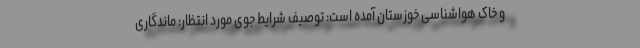
و خاک هواشناسی خوزستان آمده است: توصیف شرایط جوی مورد انتظار: ماندگاری